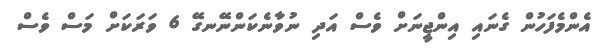
އެންމެފަހުން ގެނައި އިންޖީނަށް ވެސް އަދި ނުވާނެކަންނޭނގޭ 6 ވަރަކަށް މަސް ވެސް